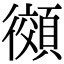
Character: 𫹨